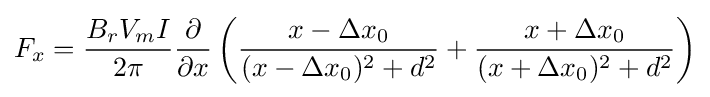
F_{x}={\frac {B_{r}V_{m}I}{2\pi }}{\frac {\partial }{\partial x}}\left({\frac {x-\Delta x_{0}}{(x-\Delta x_{0})^{2}+d^{2}}}+{\frac {x+\Delta x_{0}}{(x+\Delta x_{0})^{2}+d^{2}}}\right)